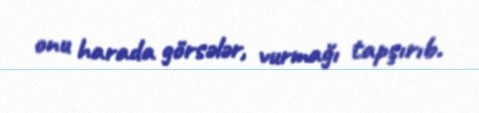
onu harada görsələr, vurmağı tapşırıb.